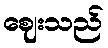
ဈေးသည်